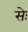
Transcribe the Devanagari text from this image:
सेः